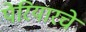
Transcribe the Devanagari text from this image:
पेरियारचे